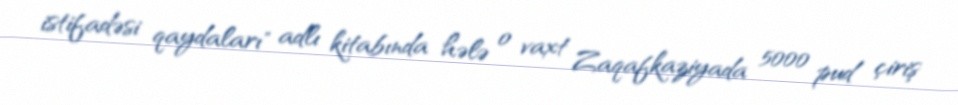
istifadəsi qaydaları" adlı kitabında hələ o vaxt Zaqafkaziyada 5000 pud çiriş